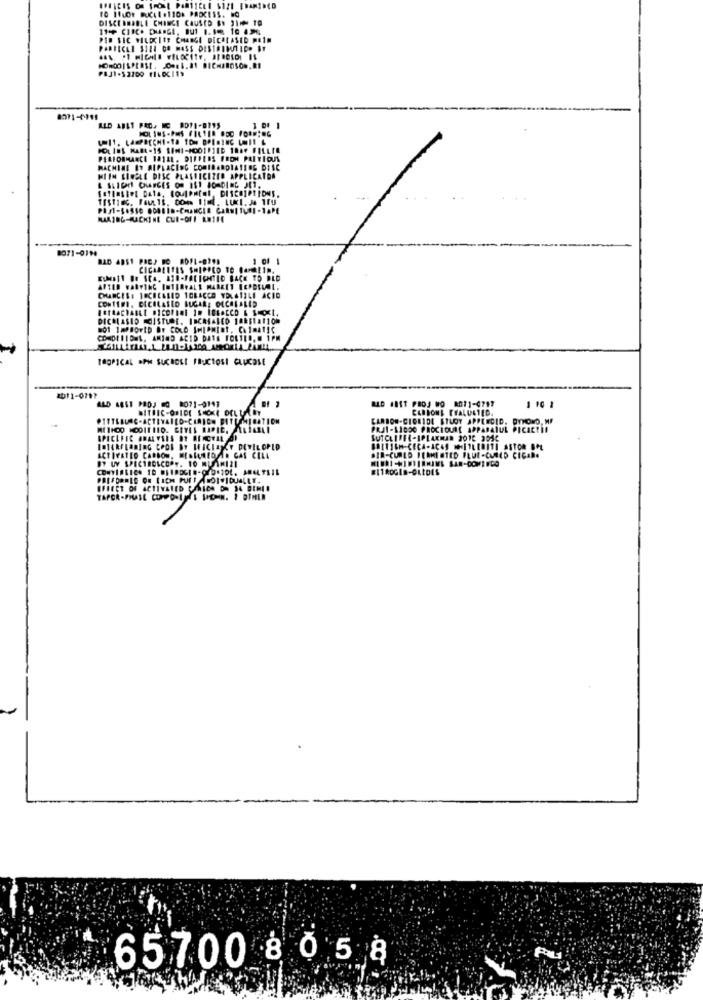
DISCEBRABLE CHINCE CAUSED BY 211 TO
194P CIRCO CHARGE, BUT 1. 198 10 454
PER SEC WILDCIES CHARGE DICOCASED PAIN
PERFORMANCE 141LL. DIFFERS FROM PLITIOUS
MACHINE BY SIPLACING CORIBARDIATING DISC
MIIN SINGLE DISC PLASTICIZED APPLICATOA
& SLICHT CHLAPCES OM ISI JORDIN6 911.
MAKING-MACHINE CHE-OFF REIHE
8071-0714
1 01 1
CICAALITES SHIPPED TO DAMALIN.
AFTER VARYING INTERVALL MARKET LERDEUML.
CONTENI, CICALASLO SUGAR, OECELALED
DICHASID MOISTURE, INCREASED 1025121100
COMDEIIDES, AMIND ACID DATS FORTEL. 1PM
TROPICAL .PH SUÇBOLI FRUCTOSE GLUCOSE
2011-0791
ALD 485T PRDJ 0 8071-0111
MLD #811 PROJ WO 8071-4717
1 10 1
BITBIC-OFIDE SHORE DELLABY
CARBON-CIGRIDE STLOY APPLECID, DYMOND, MF
PRJI-LIGOG PROCEDURE APPARATUL PICACTI!
SPECIFIC ANALYSES OT ALICEAL OD
DEVELOPED
BT UY SPECTROSCOPY. 10 MUNIZI
ACTIVATED CARBON, MISTUREDAIR GAS CELL
BIR-CURED FERMENTED FLUE-CURED CIÇABA
#11ROGER-GLIDES
65700 8 05 8